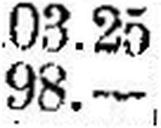
98.—